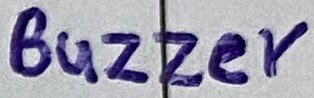
Text: Buzzer